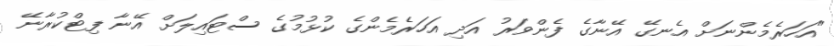
"އަހަރެމެންނަށް އެނގޭ އޭނާގެ ފެންވަރު އަދި އަހަރެމެންގެ ކުޅުމުގެ ސްޓައިލަށް އޭނާ ފިޓްކުރާނޭ